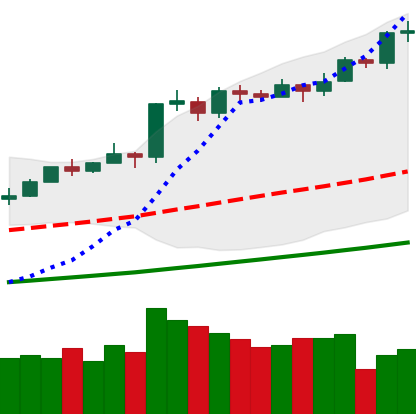
Ticker: BTC-USD
Chart end date: 2021-02-20
Forward return: -16.053%
Label: down_7plus